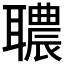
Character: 𦗳